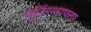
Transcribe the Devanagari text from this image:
मूर्तिस्थापना